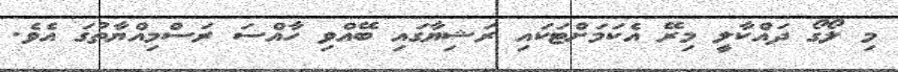
މި ލޯގޯ ދައްކާލީ މިރޭ އެކަމަށްޓަކައި ރަޝިޔާގައި ބޭއްވި ހާއްސަ ރަސްމިއްޔާތުގަ އެވެ.